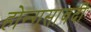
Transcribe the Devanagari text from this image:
होन्गसावदी